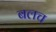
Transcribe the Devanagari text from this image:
बलच